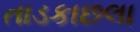
તાડકાછલા